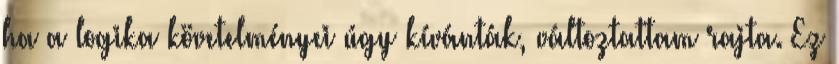
ha a logika követelményei úgy kívánták, változtattam rajta. Ez